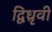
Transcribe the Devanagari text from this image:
द्विध्रृवी